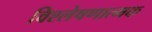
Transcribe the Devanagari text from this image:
विश्‍लेषणात्मक